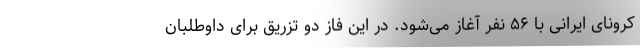
کرونای ایرانی با ۵۶ نفر آغاز می‌شود. در این فاز دو تزریق برای داوطلبان